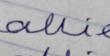
Signature authenticity: forged